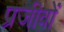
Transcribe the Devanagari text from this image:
प्रजीवों